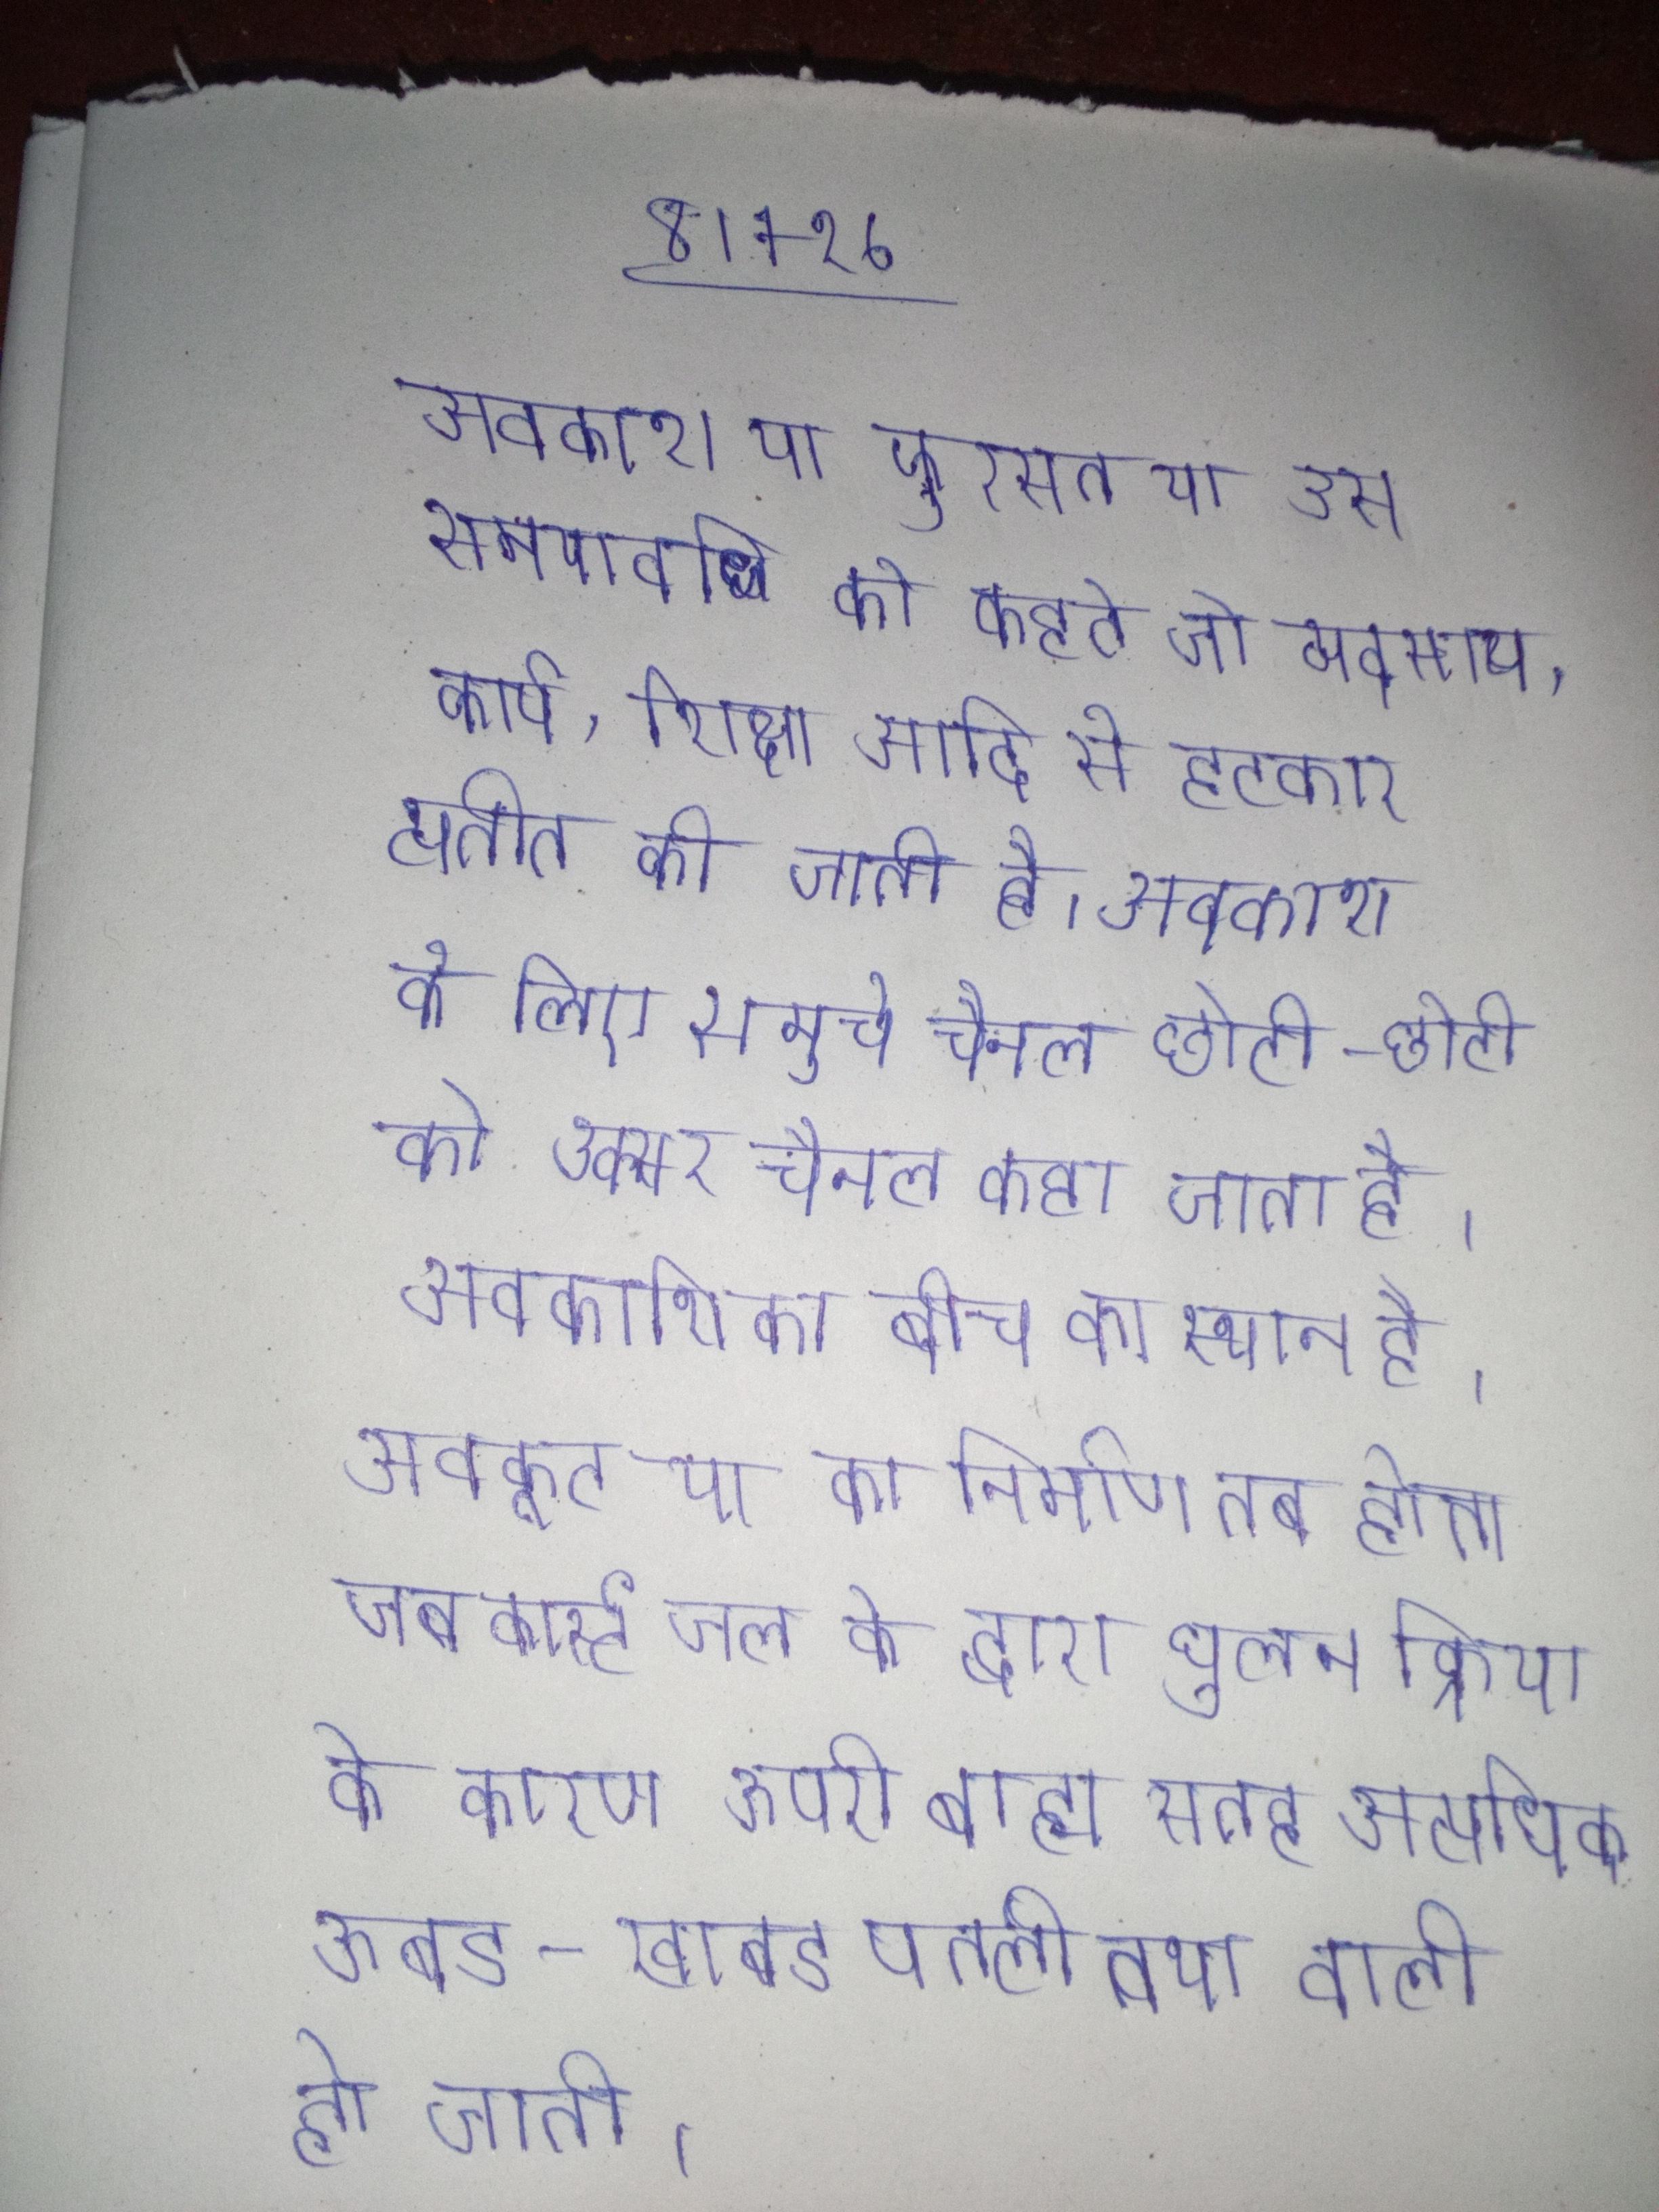
अवकाश या फुरसत या उस समयावधि को कहते जो व्यवसाय, कार्य, शिक्षा आदि से हटकर व्यतीत की जाती है । अवकाश के लिए समूचे चैनल छोटी-छोटी को अक्सर चैनल कहा जाता है । अवकाशिका बीच का स्थान है । अवकूट या का निर्माण तब होता जब कार्स्ट जल के द्वारा घुलन क्रिया के कारण ऊपरी बाह्य सतह अत्यधिक ऊबड-खाबड पतली तथा वाली हो जाती ।